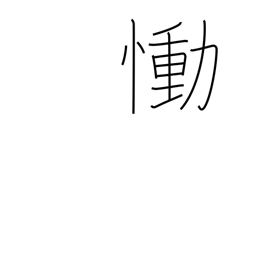
Meaning: grieve